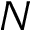
N